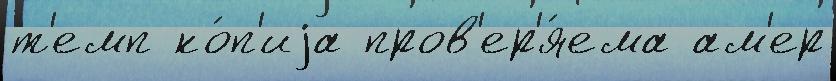
т'емп ко́п'иjа пров'ер'я́ема ам'ер